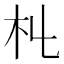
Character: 𣎹